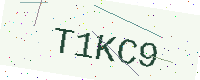
Text: T1KC9